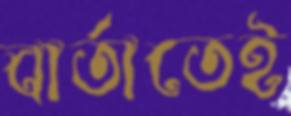
বার্তাতেই